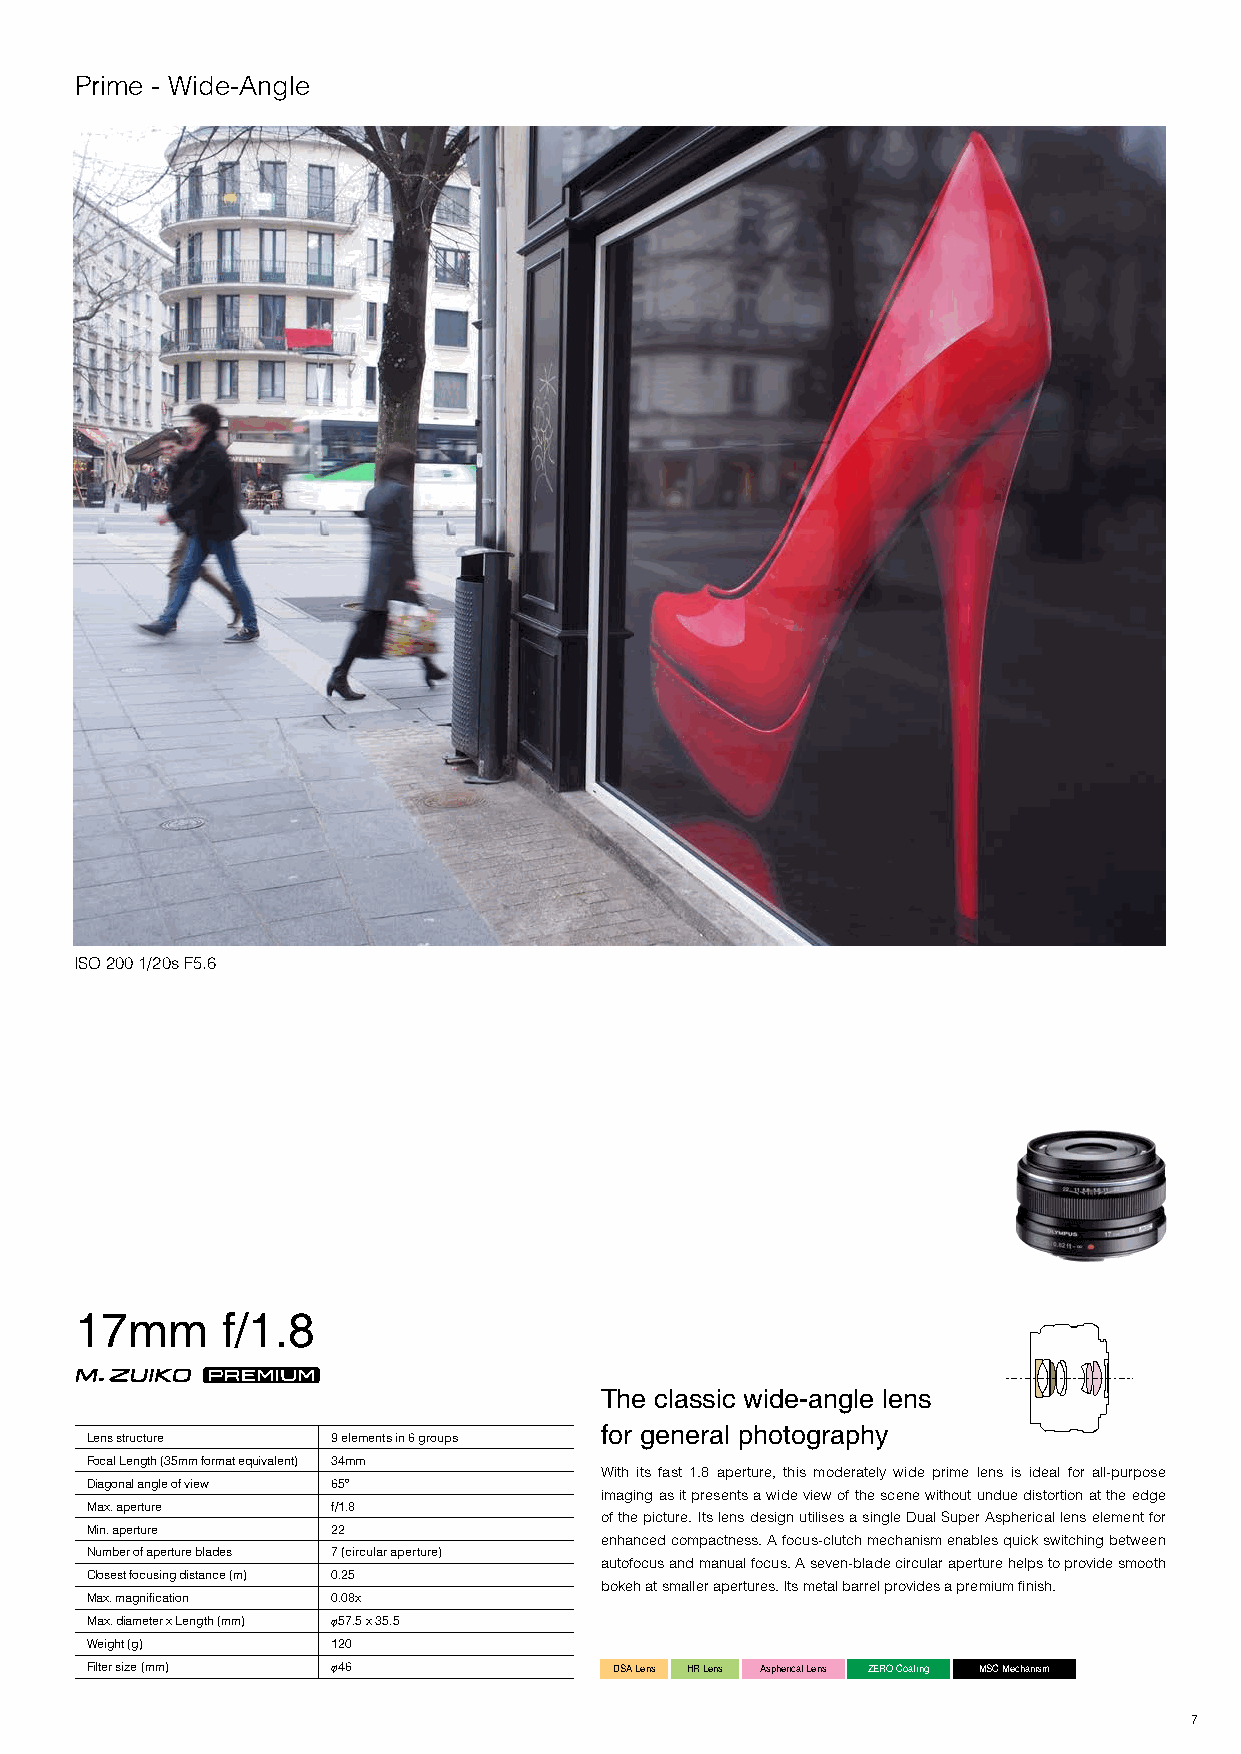
Prime - Wide-Angle
 ISO 200 1/20s F5.6
 17mm      f/1.8
 The classic wide-angle lens
 for general photography
 Lens structure  9 elements in 6 groups
 Focal Length (35mm format equivalent) 34mm
 With its fast 1.8 aperture, this moderately wide prime lens is ideal for all-purpose
 Diagonal angle of view 65º
 imaging as it presents a wide view of the scene without undue distortion at the edge
 Max. aperture   f/1.8
 of the picture. Its lens design utilises a single Dual Super Aspherical lens element for
 Min. aperture   22
 enhanced compactness. A focus-clutch mechanism enables quick switching between
 Number of aperture blades 7 (circular aperture)
 autofocus and manual focus. A seven-blade circular aperture helps to provide smooth
 Closest focusing distance (m) 0.25
 bokeh at smaller apertures. Its metal barrel provides a premium finish.
 Max. magnification 0.08x
 Max. diameter x Length (mm) φ57.5 x 35.5
 Weight (g)      120
 Filter size (mm) φ46               DSA Lens HR Lens Aspherical Lens ZERO Coating MSC Mechanism
 7